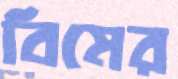
বিমের